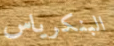
البنكرياس